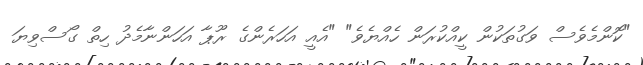
"ކޮންމެވެސް ވަގުތަކުން ކީއްކުރަން ހެއްޔެވެ" "އެއީ އަހަރެންގެ ރޫޕާ އަހަންނާމެދު ހިތް ގޯސްވިޔަ